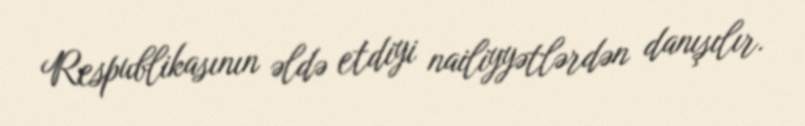
Respublikasının əldə etdiyi nailiyyətlərdən danışılır.